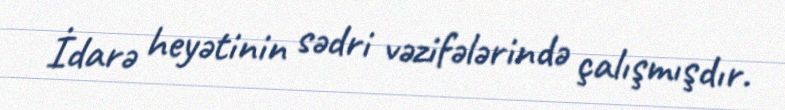
İdarə heyətinin sədri vəzifələrində çalışmışdır.